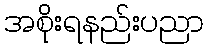
အစိုးရနည်းပညာ